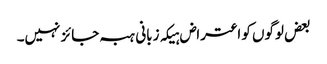
بعض لوگوں کو اعتراض ہیکہ زبانی ہبہ جائز نہیں۔